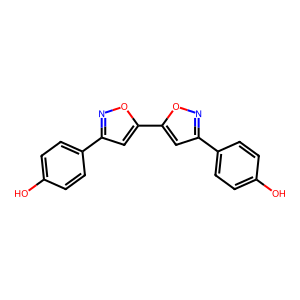
SMILES: Oc1ccc(-c2cc(-c3cc(-c4ccc(O)cc4)no3)on2)cc1
Inhibits HIV replication: No